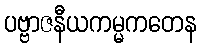
ပဗ္ဗာဇနီယကမ္မကတေန